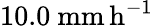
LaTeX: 10.0\ \mathrm{mm\, h^{-1}}